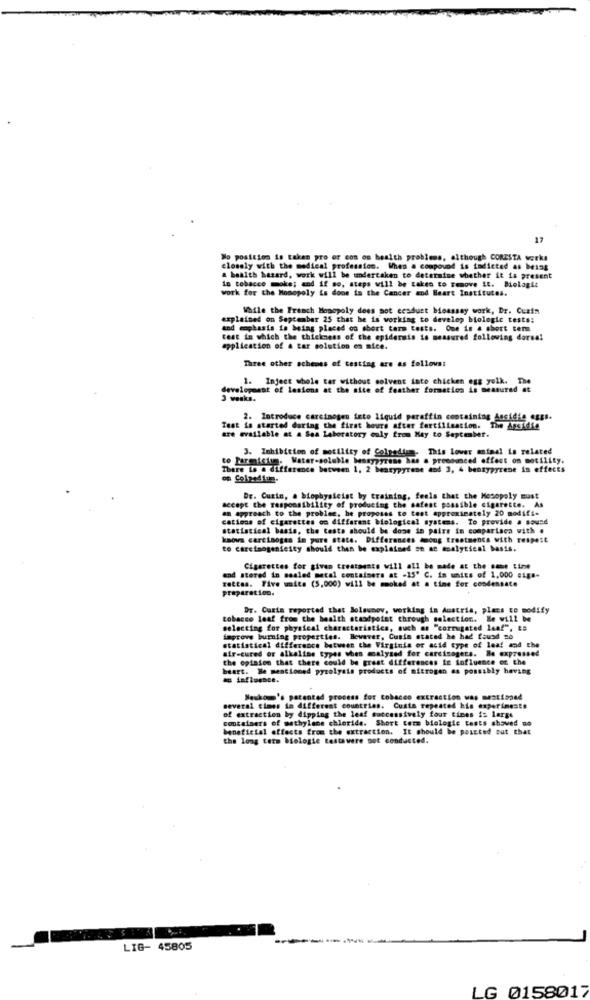
17
Wo position is taken pro or con on health problems, although CORESTA works
closely with the medical profession. When a compound is tadicted as being
a bealth hazard, work will be undertaken to determine whether it is present
work for the Monopoly is done is the Cancer and Heart Institutea.
in tobacco moke; and if so, steps will be taken to remove it. Biolagit
While the French Monopoly does not ccaduet bioassay work, Dr. Cuzin
explained on September 25 that he is working to develop biologic tests:
and mphasis is being placed on short term tests. Que in a short ten
test in which the thickness of the epidermis is measured following dorsal
application of a tar solution on nice.
Three other schemes of testing are as follows:
1. Inject whole tar without solvent into chicken egg yolk. The
development of lesions at the site of feather formation is measured et
3 weeks.
2. Introduce carcinogen ieto liquid paraffin containing Assidia oggs.
Test is started during the first hours after fertilisation. The Assidig
are available at a Sea Laboratory ouly from May to September.
3. Inhibition of motility of Colpodiun. This Lover animal is related
to Parmisium. Water-soluble bennypyrene has a pronounced offest on motility.
There is a difference between 1, 2 beasypyrene and 3, 4 benzypyrene in effects
Dr. Cuzin, a biophysicist by training, feels that the Mosopoly must
an approach to the problem, be proposes to test approximately 20 modifi-
accept the responsibility of producing the safest possible cigarette. As
cations of cigarettes on different biological systems. To provide a sound
statistical basis, the tests should be done in pairs in comparisca with #
knows carcinogas in pure state. Differences doong treatments with respest
to carcinogenicity should then be explained so an analytical basis.
Cigarettes for given treatments will all be made at the same time
rettas. Tive units (5,000) will be smoked at a time for condensate
and stored in sealed metal containers at -15' C. in units of 1,000 sigs-
preparation.
Dr. Curta reported that Bolaunov, working in Austria, plass to modify
tobacco leaf from the health standpoint through selection. He will be
selecting for physical characteristics, such as "corrugated leaf", to
improve burning properties. Bewarer. Cusie stated he had found so
statistical difference between the Virginia or acid type of leaf and the
the opinion that there could be great differences te influence on the
air-cured or alkaline types when malyted for carcinogens. Be expressed
beart. Be mentioned pyrolysis products of nitrogen as possibly heving
as influence.
Neukom's patented process for tobacco extraction was mentioned
several times in different countries. Custa repeated his experimente
of extraction by dipping the leaf successively four times is large
containers of methylene chloride. Short term biologie tests showed no
beneficial effects from the extraction. It should be paszted tut that
the long term biologie testswere not conducted.
LIG- 45805
LG 0158017